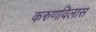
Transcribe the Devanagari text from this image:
करुणविलास